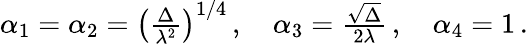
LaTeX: \begin{array}{r}{\alpha_{1}=\alpha_{2}=\left(\frac{\Delta}{\lambda^{2}}\right)^{1/4}\, ,\quad\alpha_{3}=\frac{\sqrt{\Delta}}{2\lambda}\, ,\quad\alpha_{4}=1\, .}\end{array}